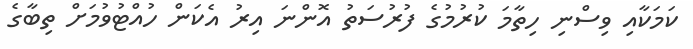
ކަމަކާއި ވިސްނި ހިތާމަ ކުރުމުގެ ފުރުސަތު އޮންނަ އިރު އެކަން ހުއްޓުވުމަށް ތިބާގެ